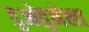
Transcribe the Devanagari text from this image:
दुओदुनेला